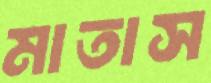
মাতাস